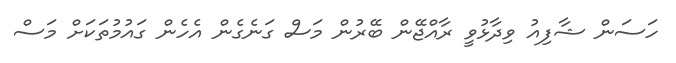
ހަސަން ޝާފިއު ވިދާޅުވީ ރާއްޖޭން ބޭރުން މަސް ގަނެގެން އެހެން ގައުމުތަކަށް މަސް